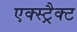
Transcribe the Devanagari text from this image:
एक्स्ट्रैक्ट